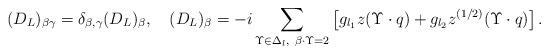
LaTeX: \begin{align*}(D_L)_{\beta \gamma}= \delta_{\beta, \gamma}(D_L)_{\beta},\quad (D_L)_{\beta}=-i\sum_{\Upsilon\in\Delta_l,\ \beta\cdot\Upsilon=2}\left[g_{l_1}z(\Upsilon\cdot q) +g_{l_2}z^{(1/2)}(\Upsilon\cdot q)\right]. \end{align*}